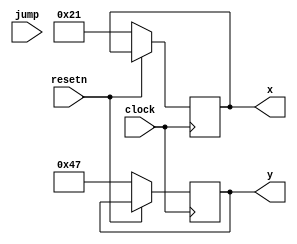
module player_control (
	clock,
	resetn,
	x,
	y,
	jump
);
	
	input clock, resetn, jump;
	output reg [7:0] x;
	output reg [6:0] y;
	
	always @(posedge clock) begin
		if(!resetn) begin
			x <= 8'd33;
			y <= 7'd71;
		end
	end
	
endmodule